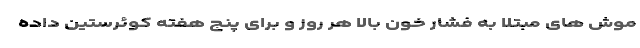
موش های مبتلا به فشار خون بالا هر روز و برای پنج هفته کوئرستین داده